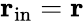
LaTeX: {\mathbf r}_{\mathrm{in}}={\mathbf r}